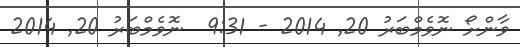
ވާންށޯ ނޮވެމްބަރު 20